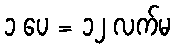
၁ ပေ = ၁၂ လက်မ